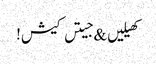
کھیلیں & جیتں کیش!